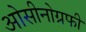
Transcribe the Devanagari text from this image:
ओसीनोग्रफी